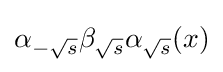
\alpha _{-{\sqrt {s}}}\beta _{\sqrt {s}}\alpha _{\sqrt {s}}(x)